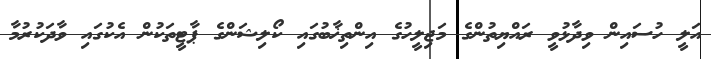
އަލީ ހުސައިން ވިދާޅުވީ ރައްޔިތުންގެ މަޖިލީހުގެ އިންތިޚާބުގައި ކޯލިޝަންގެ ޕާޓީތަކުން އެކުގައި ވާދަކުރުމާ